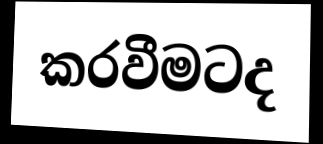
කරවීමටද